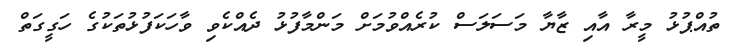
ތުއްޕުޅު މީރާ އާއި ޒާޔާ މަސަލަސް ކުރެއްވުމަށް މަންމާފުޅު ދެއްކެވި ވާހަކަފުޅުތަކުގެ ހަގީގަތް